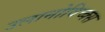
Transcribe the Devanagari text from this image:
उलानोविच्क्स